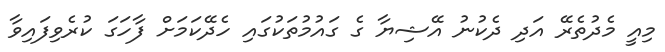
މިއީ މެދުތެރޭ އަދި ދެކުނު އޭޝިޔާ ގެ ގައުމުތަކުގައި ހެދޭކަމަށް ފާހަގަ ކުރެވިފައިވާ